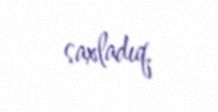
saxladıq.